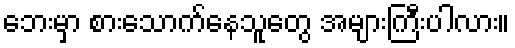
ဘေးမှာ စားသောက်နေသူတွေ အများကြီးပါလား။